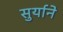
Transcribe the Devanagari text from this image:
सुर्याने